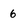
Character: 6